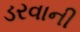
ડરવાની